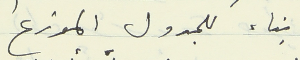
بناء للجدول الموزع